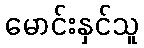
မောင်းနှင်သူ